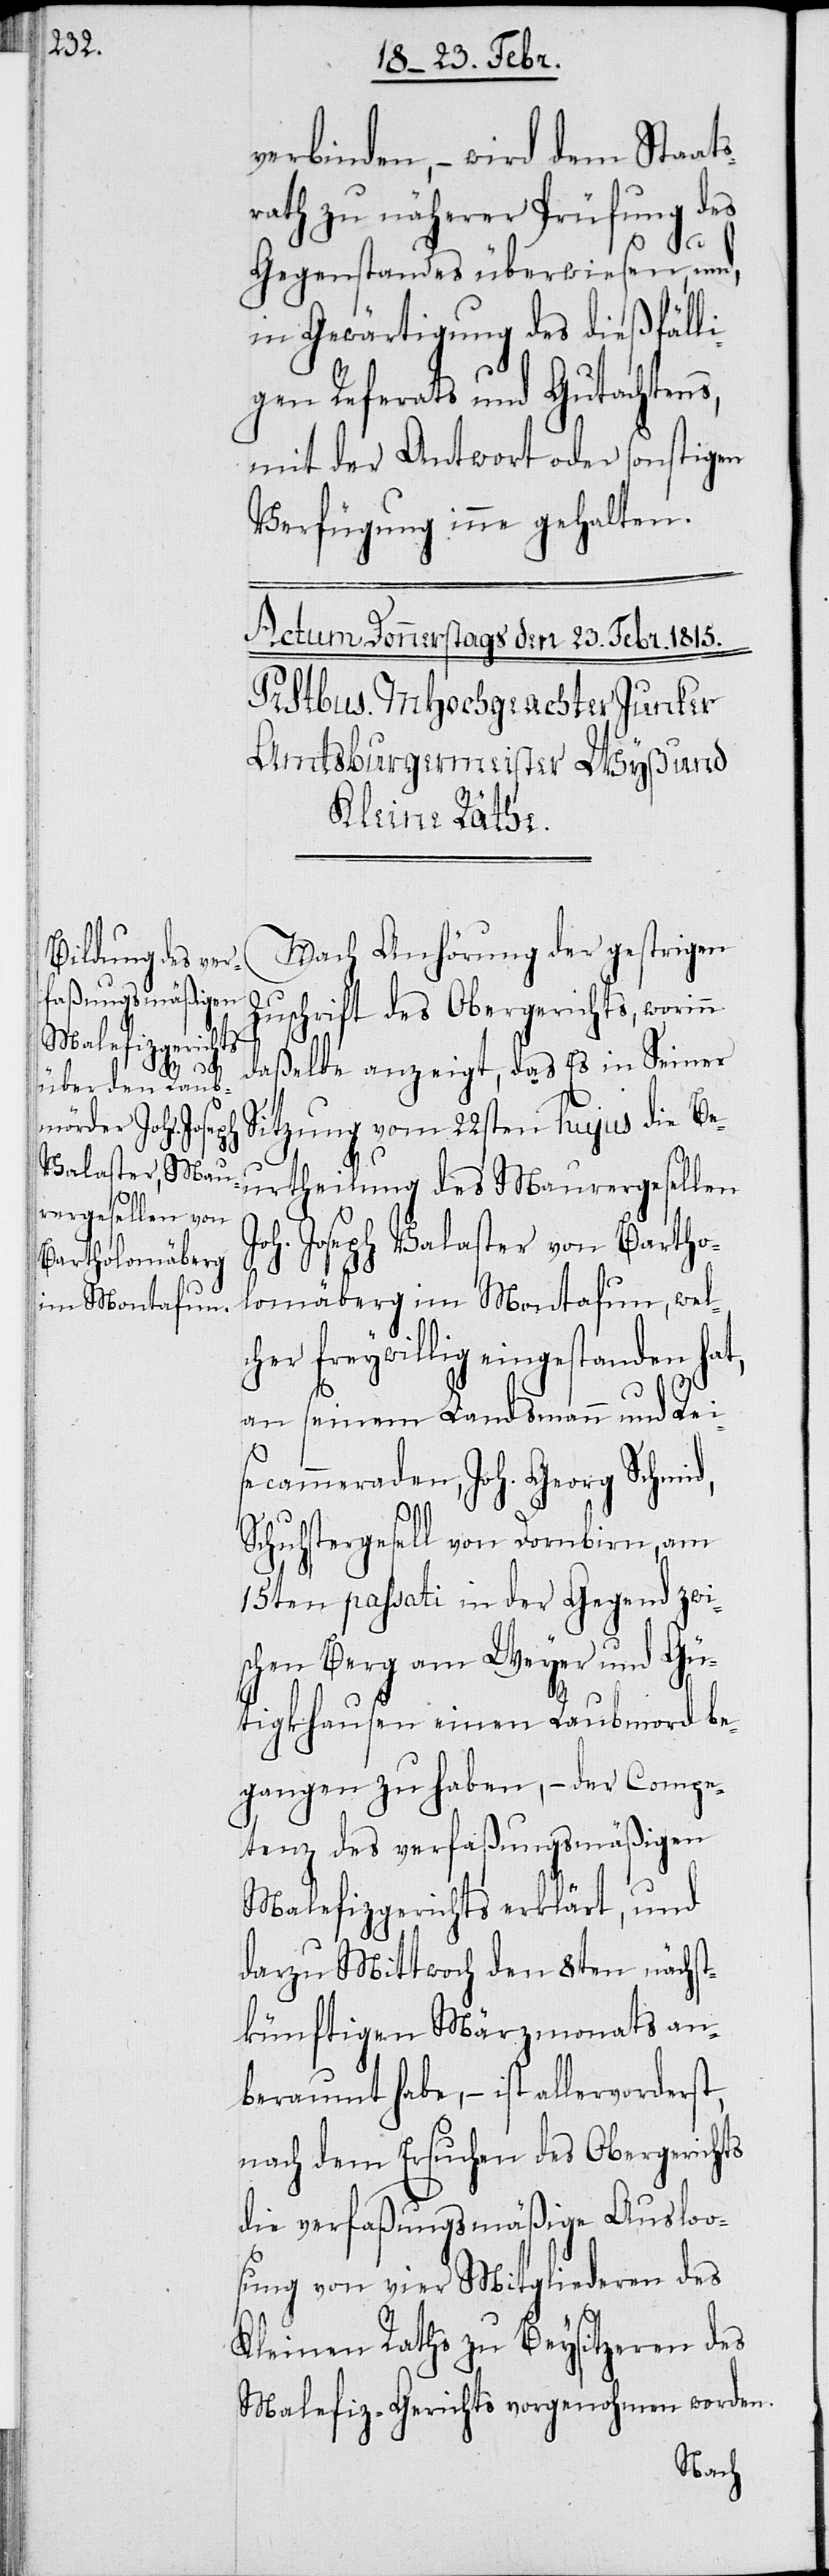
verbinden, – wird dem Staats¬
rath zu näherer Prüfung des
Gegenstandes überwiesen, und,
in Gewärtigung des dießfälli¬
gen Referats und Gutachtens,
mit der Antwort oder sonstigen
Verfügung inne gehalten.
Zuschrift des Obergerichts, worinn
daßelbe anzeigt, daß Es in Seiner
Sitzung vom 22sten hujus die Be¬
der gestrigen
urtheilung des Maurergesellen
oh. Joseph Valaster von Bartho¬
lomäberg im Montafun, wel¬
cher freywillig eingestanden hat,
J¬
an seinem Landsmann und Reis¬
ecammeraden, Joh. Georg Schmid,
Schuhstergesell von Dornbirn, am
15ten passati in der Gegend zwi¬
schen Berg am Weyer und Gü¬
tigkhausen einen Raubmord be¬
gangen zu haben, – der Compe¬
tenz des verfaßungsmäßigen
Malefizgerichts erklärt, und
darzu Mittwoch den 8ten nächst¬
künftigen Märzmonats an¬
beraumt habe, – ist allervorderst,
nach dem Ersuchen des Obergerichts
die verfaßungsmäßige Ausloo¬
sung von vier Mithgliederen des
Kleinen Raths zu Beysitzeren des
Malefiz-Gerichts vorgenohmen worden.
Nach